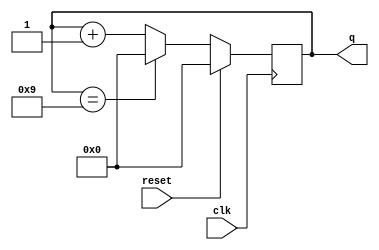
module top_module (
    input clk,
    input reset,      // Synchronous active-high reset
    output [3:0] q);
    
    always @(posedge clk) begin
        if(reset) begin
            q <= 0;
        end else begin
            if(q == 4'h9) begin
                q <= 0;
            end else begin
                q <= q + 4'h1;
            end
        end
    end

endmodule